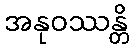
အနုဝဿန္တိ